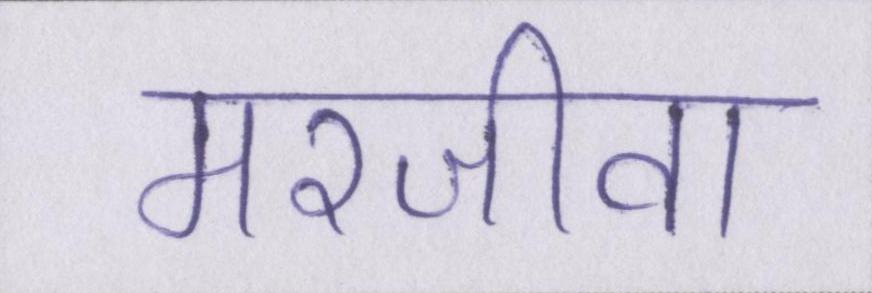
मरजीवा